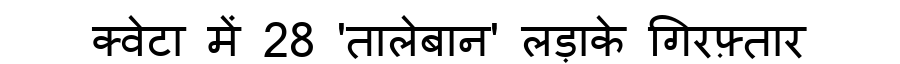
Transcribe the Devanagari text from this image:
क्वेटा में 28 'तालेबान' लड़ाके गिरफ़्तार